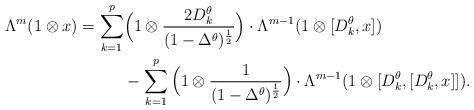
LaTeX: \begin{align*} \Lambda^m(1\otimes x) = \sum_{k=1}^p&\Big(1\otimes \frac{2D_k^\theta}{(1-\Delta^\theta)^{\frac12}}\Big)\cdot \Lambda^{m-1}(1\otimes [D_k^\theta,x])\\ &-\sum_{k=1}^p\Big(1\otimes\frac1{(1-\Delta^\theta)^{\frac12}}\Big)\cdot \Lambda^{m-1}(1\otimes [D_k^\theta,[D_k^\theta,x]]). \end{align*}